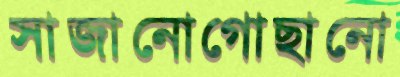
সাজানোগোছানো